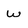
Character: w